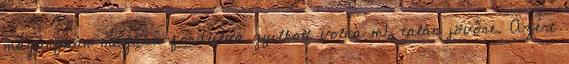
magányban magába fordulva gyilkolt volna m1, talán jövőre. Azért